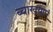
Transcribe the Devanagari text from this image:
व्याखयाएं